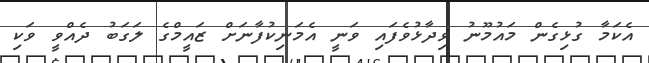
އެކަމާ ގުޅިގެން މައުމޫނު ވިދާޅުވެފައި ވަނީ އެމަނިކުފާނަށް ޒައީމްގެ ލަގަބު ދެއްވީ ވަކި